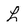
Character: L